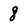
Character: 8